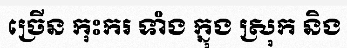
ច្រើន កុះករ ទាំង ក្នុង ស្រុក និង